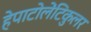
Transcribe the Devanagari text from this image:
हेपाटोलेंटिकुलर